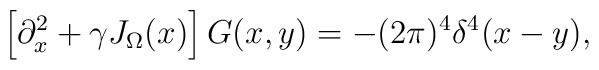
\left[\partial^2_x + \gamma J_\Omega(x)\right] G(x,y) = -(2\pi)^4 \delta^4(x-y),